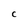
Character: C